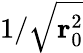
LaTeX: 1/\sqrt{\mathbf{r}_{0}^{2}}